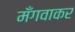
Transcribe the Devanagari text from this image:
मँगवाकर